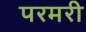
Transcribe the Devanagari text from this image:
परमरी